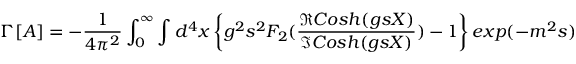
\Gamma [ A ] = - \frac { 1 } { 4 \pi ^ { 2 } } \int _ { 0 } ^ { \infty } \int d ^ { 4 } x \left\{ g ^ { 2 } s ^ { 2 } { \cal F } _ { 2 } ( \frac { \Re C o s h ( g s X ) } { \Im C o s h ( g s X ) } ) - 1 \right\} e x p ( - m ^ { 2 } s )